Enquiry on enteric fever in India - Number 32
Disease focus: Fever
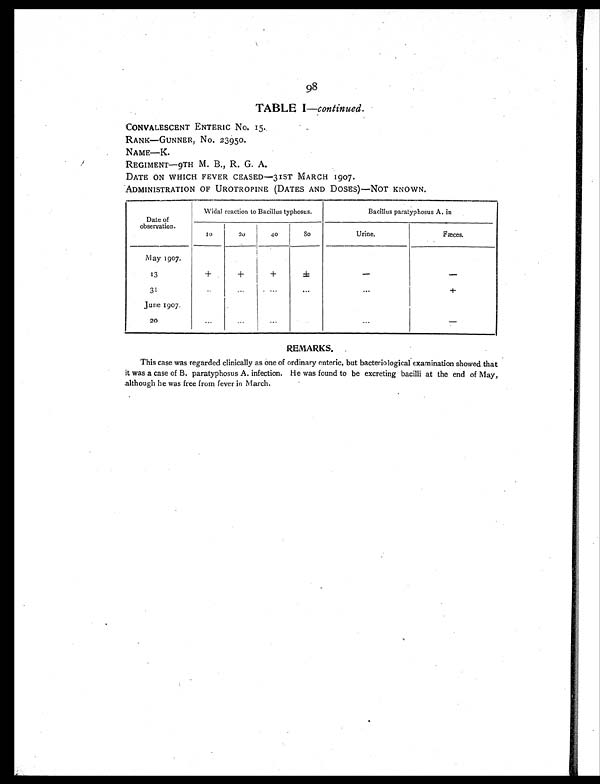
98
TABLE I —continued.
CONVALESCENT ENTERIC No. I5.
RANK—GUNNER, No. 23950.
NAME—K.
REGIMENT-9TH M. B., R. G. A.
DATE ON WHICH FEVER CEASED—31ST MARCH 1907.
ADMINISTRATION OF UROTROPINE (DATES AND DOSES)—NOT KNOWN.
Date of
observation.
Widal reaction to Bacillus typhosus.
Bacillus paratyphosus A. in
10
2 0
40
8 0
Urine.
Fæces.
M ay 1907.
13
+ +
+
±
-
-
3 1
. . .
. . . ...
. . .
. . .
+
June 1907.
20
...
...
...
. . .
...
-
REMARKS.
This case was regarded clinically as one of ordinary enteric, but bacteriological examination showed that
it was a case of B. paratyphosus A. infection. He was found to be excreting bacilli at the end of May,
although he was free from fever in March.